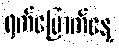
ရက်မြောက်နေ့